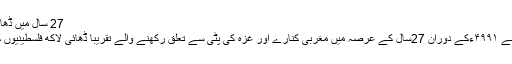
27 سال میں ڈھائی لاکھ فلسطینی حق سکونت سے محروم
مقبوضہ بیت المقدس: اسرائیل نے ۷۶۹۱سے ۴۹۹۱ءکے دوران 27سال کے عرصہ میں مغربی کنارے اور غزہ کی پٹی سے تعلق رکھنے والے تقریباً ڈھائی لاکھ فلسطینیوں کو ان کے حق سکونت سے محروم کردیا۔